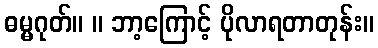
ဓမ္မဂုတ်။ ။ ဘာ့ကြောင့် ပိုလာရတာတုန်း။